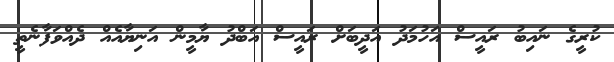
ކުރީގެ ނައިބު ރައީސް އަހުމަދު އަދީބަށް ރައީސް އަބްދު ޔާމީން އަނިޔާއެއް ދެއްވަފާނެތީ